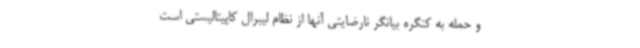
و حمله به کنگره بیانگر نارضایتی آنها از نظام لیبرال کاپیتالیستی است